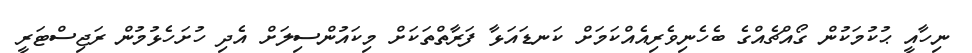
ނިހާއީ ޙުކުމަކުން ގޯއްޗެއްގެ ބެހެނިވެރިއެއްކަމަށް ކަނޑައަޅާ ފަރާތްތަކަށް މިކައުންސިލަށް އެދި ހުށަހެޅުމުން ރަޖިސްޓަރީ